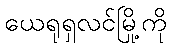
ယေရုရှလင်မြို့ကို